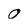
Character: 0